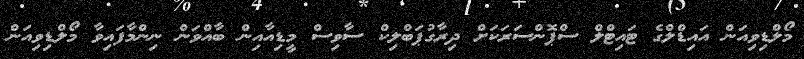
މޯލްޑިވިއަން އައިޑްލްގެ ޓައިޓްލް ސްޕޮންސަރަކަށް ދިރާގުޕަބްލިކް ސާވިސް މީޑިއާއިން ބާއްވަން ނިންމާފައިވާ މޯލްޑިވިއަން